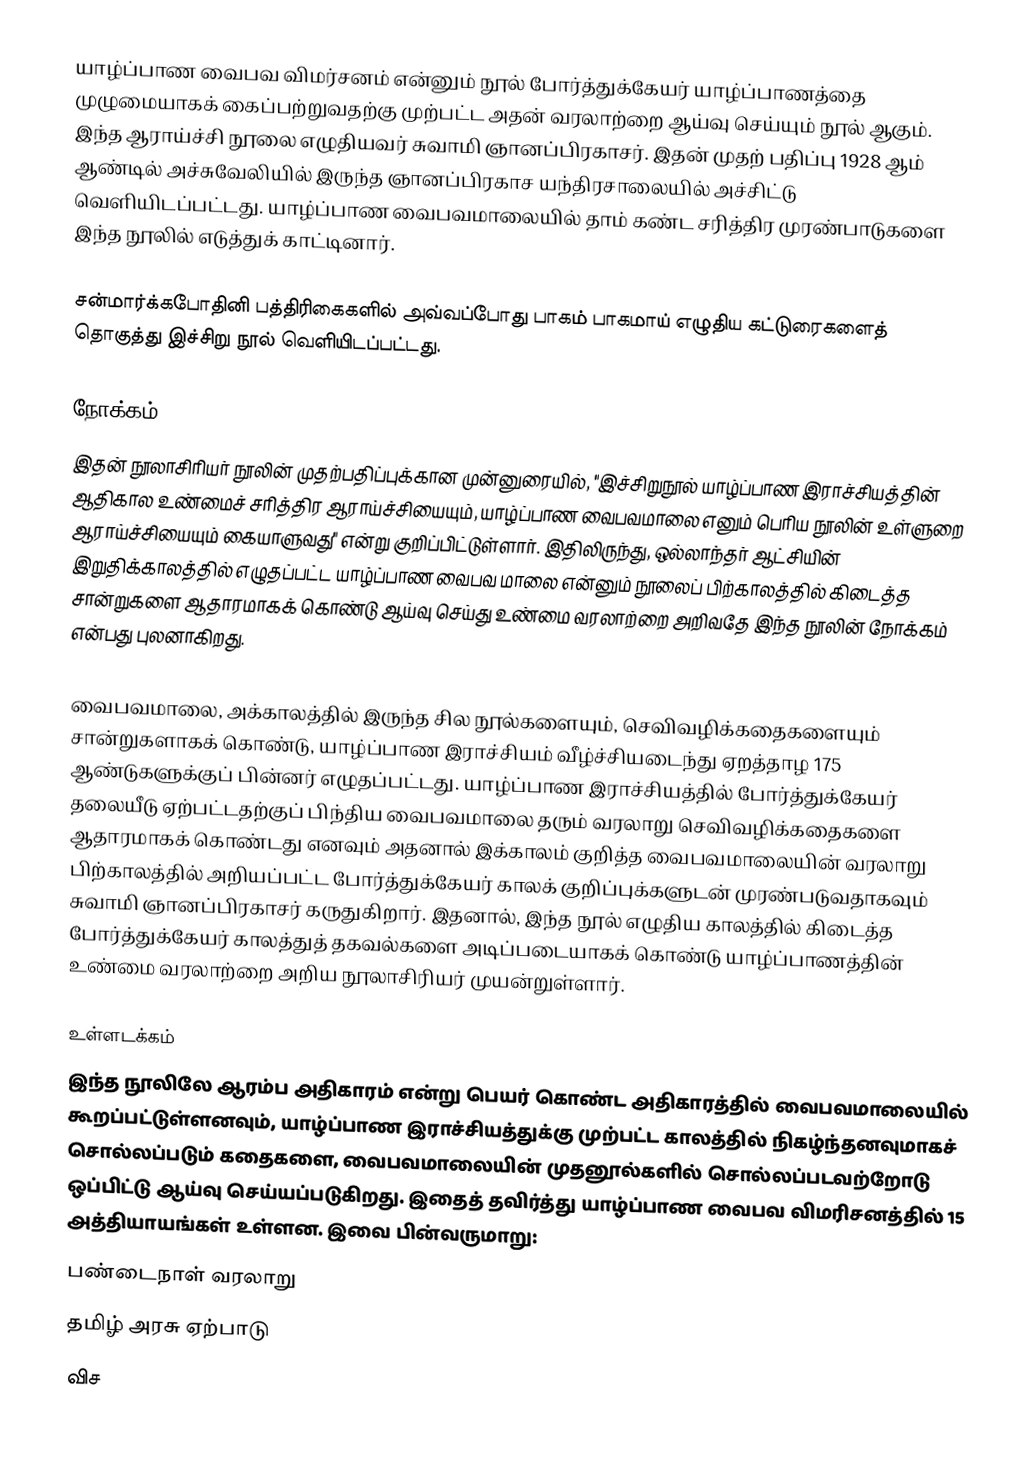
யாழ்ப்பாண வைபவ விமர்சனம் என்னும் நூல் போர்த்துக்கேயர் யாழ்ப்பாணத்தை முழுமையாகக் கைப்பற்றுவதற்கு முற்பட்ட அதன் வரலாற்றை ஆய்வு செய்யும் நூல் ஆகும். இந்த ஆராய்ச்சி நூலை எழுதியவர் சுவாமி ஞானப்பிரகாசர். இதன் முதற் பதிப்பு 1928 ஆம் ஆண்டில் அச்சுவேலியில் இருந்த ஞானப்பிரகாச யந்திரசாலையில் அச்சிட்டு வெளியிடப்பட்டது. யாழ்ப்பாண வைபவமாலையில் தாம் கண்ட சரித்திர முரண்பாடுகளை இந்த நூலில் எடுத்துக் காட்டினார்.

சன்மார்க்கபோதினி பத்திரிகைகளில் அவ்வப்போது பாகம் பாகமாய் எழுதிய கட்டுரைகளைத் தொகுத்து இச்சிறு நூல் வெளியிடப்பட்டது.

நோக்கம்
இதன் நூலாசிரியர் நூலின் முதற்பதிப்புக்கான முன்னுரையில், "இச்சிறுநூல் யாழ்ப்பாண இராச்சியத்தின் ஆதிகால உண்மைச் சரித்திர ஆராய்ச்சியையும், யாழ்ப்பாண வைபவமாலை எனும் பெரிய நூலின் உள்ளுறை ஆராய்ச்சியையும் கையாளுவது" என்று குறிப்பிட்டுள்ளார். இதிலிருந்து, ஒல்லாந்தர் ஆட்சியின் இறுதிக்காலத்தில் எழுதப்பட்ட யாழ்ப்பாண வைபவ மாலை என்னும் நூலைப் பிற்காலத்தில் கிடைத்த சான்றுகளை ஆதாரமாகக் கொண்டு ஆய்வு செய்து உண்மை வரலாற்றை அறிவதே இந்த நூலின் நோக்கம் என்பது புலனாகிறது.

வைபவமாலை, அக்காலத்தில் இருந்த சில நூல்களையும், செவிவழிக்கதைகளையும் சான்றுகளாகக் கொண்டு, யாழ்ப்பாண இராச்சியம் வீழ்ச்சியடைந்து ஏறத்தாழ 175 ஆண்டுகளுக்குப் பின்னர் எழுதப்பட்டது. யாழ்ப்பாண இராச்சியத்தில் போர்த்துக்கேயர் தலையீடு ஏற்பட்டதற்குப் பிந்திய வைபவமாலை தரும் வரலாறு செவிவழிக்கதைகளை ஆதாரமாகக் கொண்டது எனவும் அதனால் இக்காலம் குறித்த வைபவமாலையின் வரலாறு பிற்காலத்தில் அறியப்பட்ட போர்த்துக்கேயர் காலக் குறிப்புக்களுடன் முரண்படுவதாகவும் சுவாமி ஞானப்பிரகாசர் கருதுகிறார். இதனால், இந்த நூல் எழுதிய காலத்தில் கிடைத்த போர்த்துக்கேயர் காலத்துத் தகவல்களை அடிப்படையாகக் கொண்டு யாழ்ப்பாணத்தின் உண்மை வரலாற்றை அறிய நூலாசிரியர் முயன்றுள்ளார்.

உள்ளடக்கம்
இந்த நூலிலே ஆரம்ப அதிகாரம் என்று பெயர் கொண்ட அதிகாரத்தில் வைபவமாலையில் கூறப்பட்டுள்ளனவும், யாழ்ப்பாண இராச்சியத்துக்கு முற்பட்ட காலத்தில் நிகழ்ந்தனவுமாகச் சொல்லப்படும் கதைகளை, வைபவமாலையின் முதனூல்களில் சொல்லப்படவற்றோடு ஒப்பிட்டு ஆய்வு செய்யப்படுகிறது. இதைத் தவிர்த்து யாழ்ப்பாண வைபவ விமரிசனத்தில் 15 அத்தியாயங்கள் உள்ளன. இவை பின்வருமாறு:
 பண்டைநாள் வரலாறு
 தமிழ் அரசு ஏற்பாடு
 விச